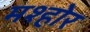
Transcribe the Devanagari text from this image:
मश्होर